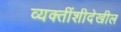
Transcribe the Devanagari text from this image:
व्यक्तींशीदेखील